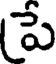
పే